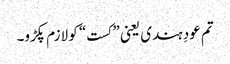
تم عودِ ہندی یعنی ”کست“ کو لازم پکڑو۔